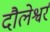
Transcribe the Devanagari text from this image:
दौलेश्वर्र